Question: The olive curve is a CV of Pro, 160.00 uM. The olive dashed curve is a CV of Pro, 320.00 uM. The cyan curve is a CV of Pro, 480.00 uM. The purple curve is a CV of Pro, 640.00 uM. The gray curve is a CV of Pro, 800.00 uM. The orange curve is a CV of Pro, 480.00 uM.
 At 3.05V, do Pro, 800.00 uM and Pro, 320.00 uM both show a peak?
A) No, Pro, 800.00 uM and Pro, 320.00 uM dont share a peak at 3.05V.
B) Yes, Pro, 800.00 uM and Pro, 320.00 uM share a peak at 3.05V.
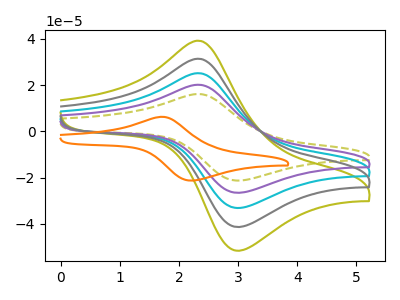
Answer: <think>The olive curve "Pro, 160.00 uM" has an anodic peak at (2.35V, 80.70uA) and a cathodic peak at (3.05V, -105.95uA). The olive dashed curve "Pro, 320.00 uM" has an anodic peak at (2.35V, 16.15uA) and a cathodic peak at (3.05V, -21.20uA). The cyan curve "Pro, 480.00 uM" has an anodic peak at (2.35V, 40.35uA) and a cathodic peak at (3.05V, -52.95uA). The purple curve "Pro, 640.00 uM" has an anodic peak at (2.35V, 20.15uA) and a cathodic peak at (3.05V, -26.50uA). The gray curve "Pro, 800.00 uM" has an anodic peak at (2.35V, 60.50uA) and a cathodic peak at (3.05V, -79.45uA). The orange curve "Pro, 480.00 uM" has an anodic peak at (1.70V, 6.30uA) and a cathodic peak at (2.25V, -21.25uA).</think>
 <answer>B) Yes, "Pro, 800.00 uM" and "Pro, 320.00 uM" share a peak at 3.05V.</answer>
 <eval>B</eval>